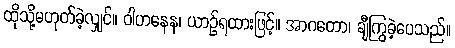
ထိုသို့မဟုတ်ခဲ့လျှင်။ ဝါဟနေန၊ ယာဉ်ရထားဖြင့်။ အာဂတော၊ ချီကြွခဲ့ပေသည်။